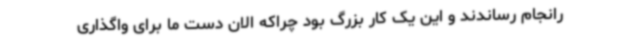
رانجام رساندند و این یک کار بزرگ بود چراکه الان دست ما برای واگذاری